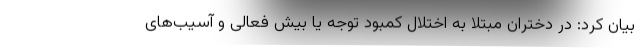
بیان کرد: در دختران مبتلا به اختلال کمبود توجه یا بیش فعالی و آسیب‌های